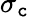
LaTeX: \sigma_{\mathtt{c}}